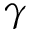
\gamma